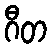
ဂီတ